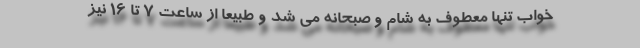
خواب تنها معطوف به شام و صبحانه می شد و طبیعا از ساعت ۷ تا ۱۶ نیز